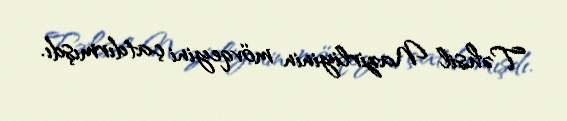
Təhsil Nazirliyinin mövqeyini çatdırmışdı.